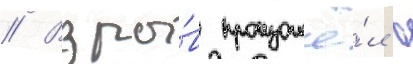
// Взры́в произошё́л в